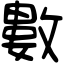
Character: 數